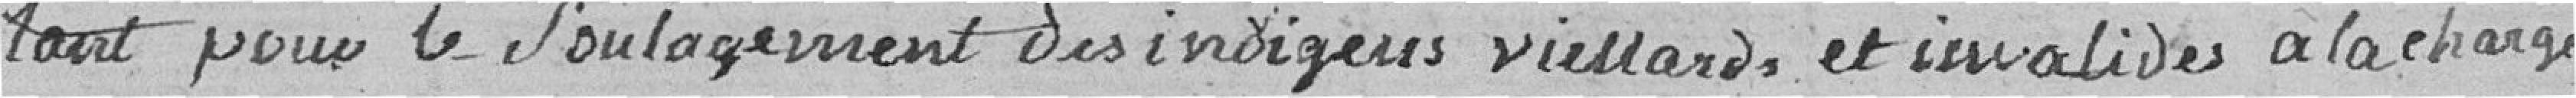
tant pour le soulagement des indigents vieillards et invalides à la charge